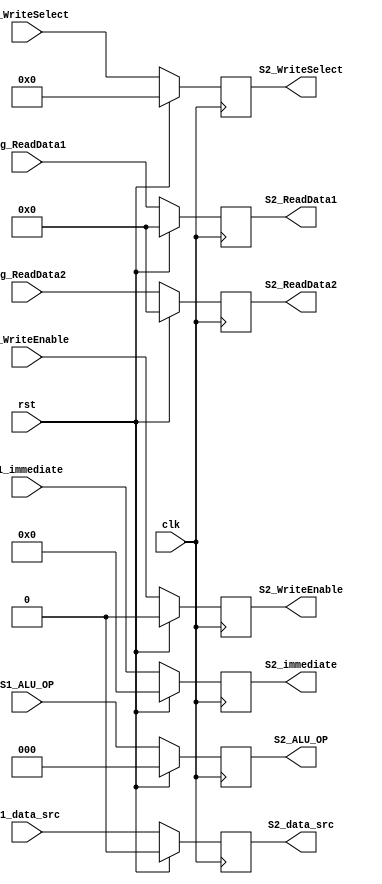
module S2_Register(
	input                      clk,
	input                      rst,
	input          [31:0]      Reg_ReadData1,
	input          [31:0]      Reg_ReadData2,
	input          [4:0]       S1_WriteSelect,
	input                      S1_WriteEnable,
    input          [15:0]      S1_immediate,
	input                      S1_data_src,
	input          [2:0]       S1_ALU_OP,
	
	output reg     [31:0]      S2_ReadData1,
	output reg     [31:0]      S2_ReadData2,
	output reg     [4:0]       S2_WriteSelect,
	output reg                 S2_WriteEnable,
	output reg     [15:0]      S2_immediate,
	output reg                 S2_data_src,
	output reg     [2:0]       S2_ALU_OP
	
   );

	always@(posedge clk)
		begin
		if (rst)
			begin
			S2_ReadData1        <= 32'd0;
			S2_ReadData2        <= 32'd0;
			S2_WriteSelect      <= 5'd0;
			S2_WriteEnable      <= 1'b0;
			S2_immediate        <= 16'b0;
			S2_data_src         <= 1'b0;
			S2_ALU_OP           <= 1'b000;
			end
		else
			begin
			S2_ReadData1	<= Reg_ReadData1;
			S2_ReadData2	<= Reg_ReadData2;
			S2_WriteSelect  <= S1_WriteSelect;
			S2_WriteEnable  <= S1_WriteEnable;
			S2_immediate    <= S1_immediate;
			S2_data_src     <= S1_data_src;
			S2_ALU_OP       <= S1_ALU_OP;
			end
		end

endmodule